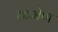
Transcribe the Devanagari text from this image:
कमेण